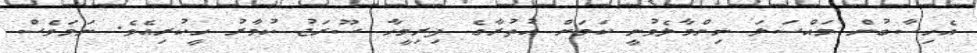
އެހިސާބުން މައްސަލަ ނިންމާލެވުނީ ކަމަށް އުތުރާގެ ފިރިމީހާ ސޫރަޖު ކުމާރު ހީކުރިއެވެ. ނަމަވެސް